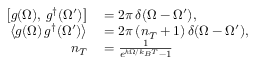
\begin{array} { r l } { \left[ g ( \Omega ) , \, g ^ { \dag } ( \Omega ^ { \prime } ) \right] } & { { } = 2 \pi \, \delta ( \Omega - \Omega ^ { \prime } ) , } \\ { \left\langle g ( \Omega ) \, g ^ { \dag } ( \Omega ^ { \prime } ) \right\rangle } & { { } = 2 \pi \left( n _ { T } + 1 \right) \delta ( \Omega - \Omega ^ { \prime } ) , } \\ { n _ { T } } & { { } = \frac { 1 } { e ^ { \hslash \Omega / k _ { B } T } - 1 } } \end{array}